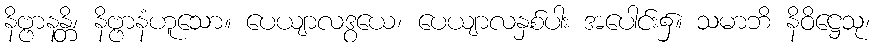
နိဗ္ဗာနန္တိ၊ နိဗ္ဗာနံဟူသော။ ပေယျာလဒွယေ၊ ပေယျာလနှစ်ပါး အပေါင်း၌။ သမာဘိ နိဝိဋ္ဌေသု၊